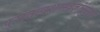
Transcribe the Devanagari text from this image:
पुरातत्वशास्त्रज्ञांनुसार